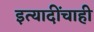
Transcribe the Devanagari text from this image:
इत्यादींचाही